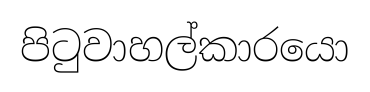
පිටුවාහල්කාරයො